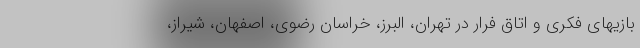
بازیهای فکری و اتاق فرار در تهران، البرز، خراسان رضوی، اصفهان، شیراز،